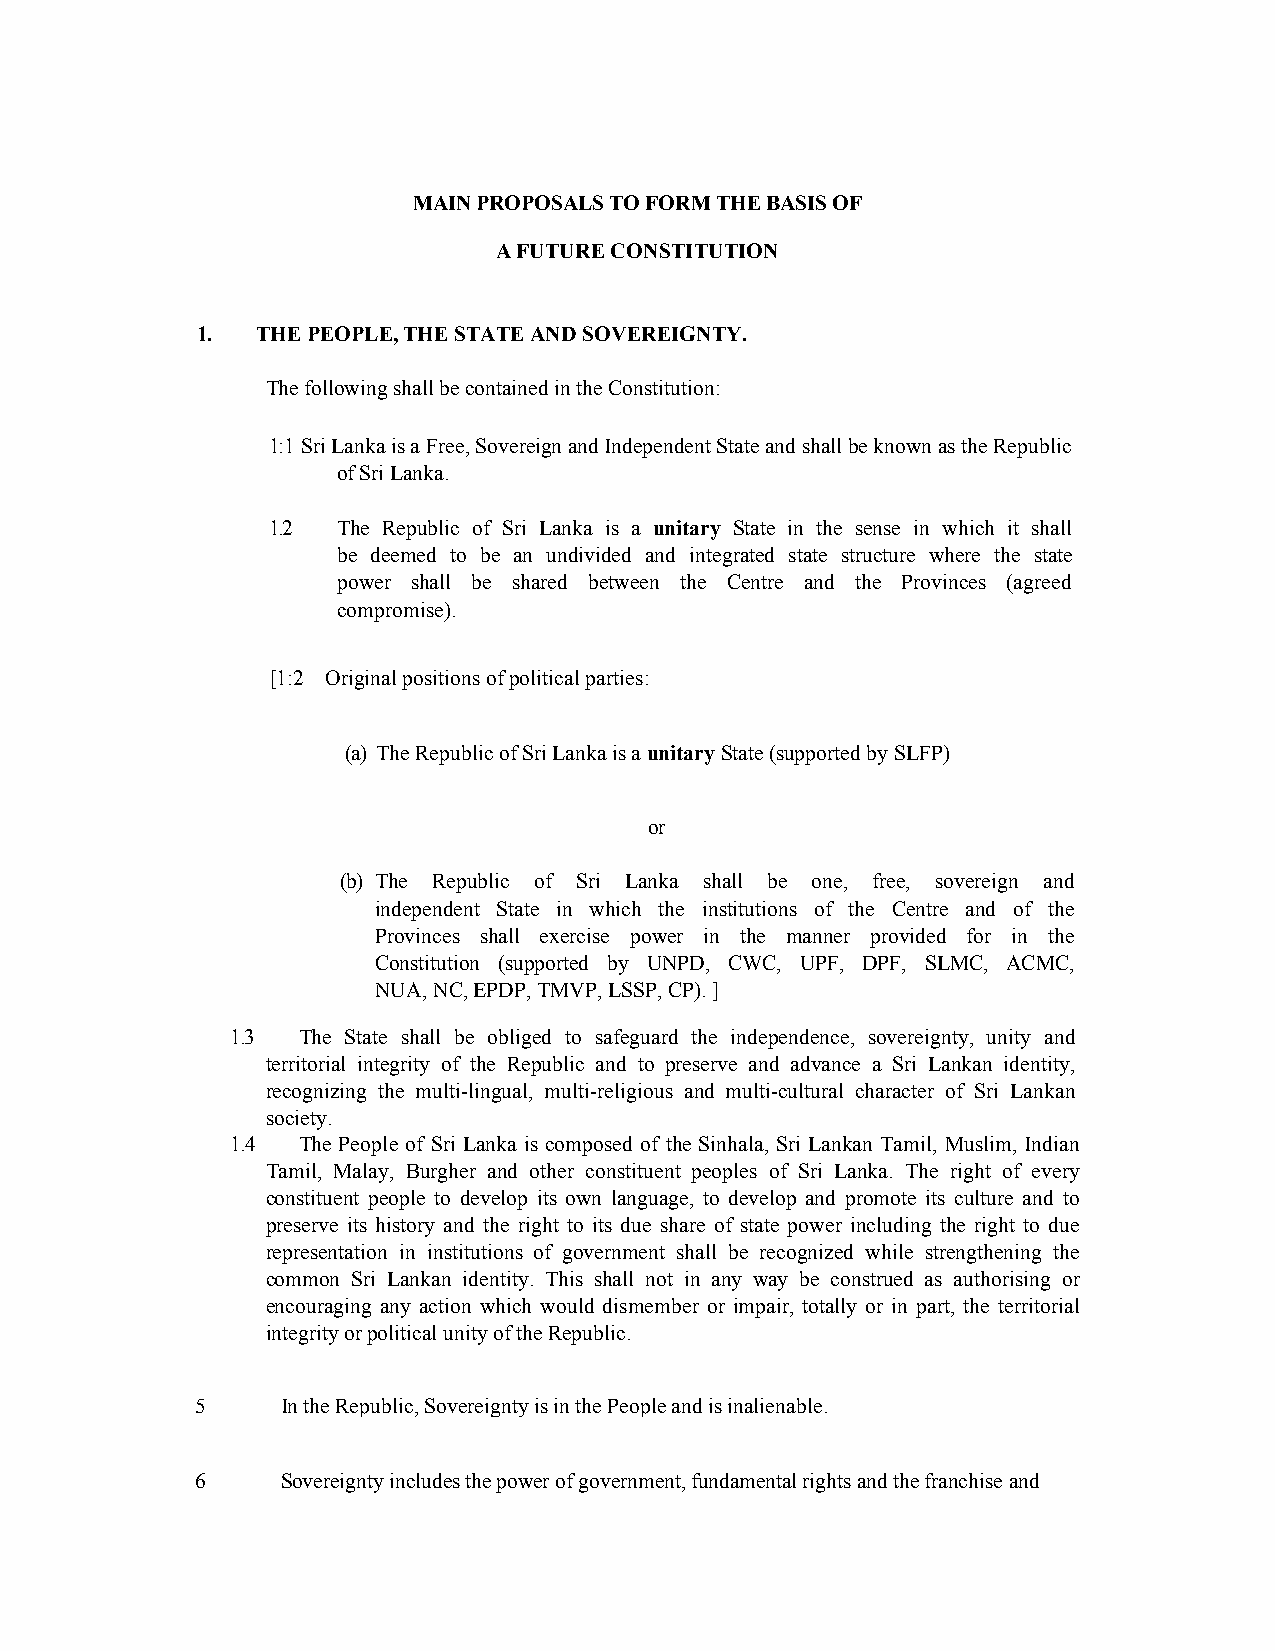
MAIN PROPOSALS TO FORM THE BASIS OF
 A FUTURE CONSTITUTION
 1.  THE PEOPLE, THE STATE AND SOVEREIGNTY.
 The following shall be contained in the Constitution:
 1:1 Sri Lanka is a Free, Sovereign and Independent State and shall be known as the Republic
 of Sri Lanka.
 1.2 The Republic of Sri Lanka is a unitary State in the sense in which it shall
 be deemed to be an undivided and integrated state structure where the state
 power shall be shared between the Centre and the Provinces (agreed
 compromise).
 [1:2 Original positions of political parties:
 (a) The Republic of Sri Lanka is a unitary State (supported by SLFP)
 or
 (b) The Republic of Sri Lanka shall be one, free, sovereign and
 independent State in which the institutions of the Centre and of the
 Provinces shall exercise power in the manner provided for in the
 Constitution (supported by UNPD, CWC, UPF, DPF, SLMC, ACMC,
 NUA, NC, EPDP, TMVP, LSSP, CP). ]
 1.3  The State shall be obliged to safeguard the independence, sovereignty, unity and
 territorial integrity of the Republic and to preserve and advance a Sri Lankan identity,
 recognizing the multi-lingual, multi-religious and multi-cultural character of Sri Lankan
 society.
 1.4  The People of Sri Lanka is composed of the Sinhala, Sri Lankan Tamil, Muslim, Indian
 Tamil, Malay, Burgher and other constituent peoples of Sri Lanka. The right of every
 constituent people to develop its own language, to develop and promote its culture and to
 preserve its history and the right to its due share of state power including the right to due
 representation in institutions of government shall be recognized while strengthening the
 common Sri Lankan identity. This shall not in any way be construed as authorising or
 encouraging any action which would dismember or impair, totally or in part, the territorial
 integrity or political unity of the Republic.
 5     In the Republic, Sovereignty is in the People and is inalienable.
 6     Sovereignty includes the power of government, fundamental rights and the franchise and